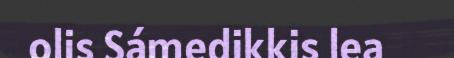
olis Sámedikkis lea